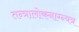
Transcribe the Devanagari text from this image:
तन्त्रालोकनाग्न्यत्र